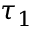
\tau _ { 1 }